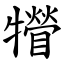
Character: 㹙